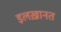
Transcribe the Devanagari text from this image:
इलख़ानत